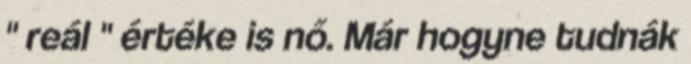
" reál " értéke is nő. Már hogyne tudnák